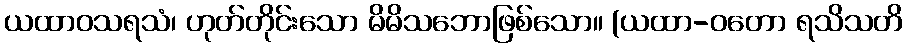
ယထာဝသရသံ၊ ဟုတ်တိုင်းသော မိမိသဘောဖြစ်သော။ (ယထာ-ဝတော ရသိသတိ